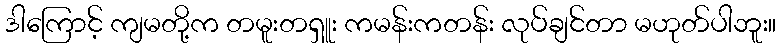
ဒါကြောင့် ကျမတို့က တမူးတရှူး ကမန်းကတန်း လုပ်ချင်တာ မဟုတ်ပါဘူး။